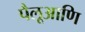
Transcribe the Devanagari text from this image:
पैलूआणि